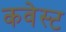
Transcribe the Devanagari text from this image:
कवेस्ट